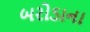
બરોડાના